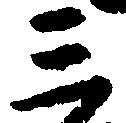
三